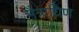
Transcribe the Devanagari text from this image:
मैत्रायिण